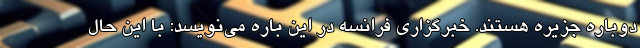
دوباره جزیره هستند. خبرگزاری فرانسه در این باره می‌نویسد: با این حال